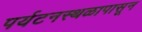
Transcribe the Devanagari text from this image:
पर्यटनस्थळापासून